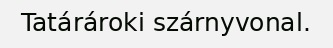
Tatárároki szárnyvonal.